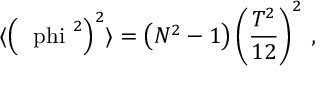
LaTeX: \langle \left( \mathrm { \boldmath ~ \ p h i ~ } ^ { 2 } \right) ^ { 2 } \rangle = \left( N ^ { 2 } - 1 \right) \left( \frac { T ^ { 2 } } { 1 2 } \right) ^ { 2 } \, ,